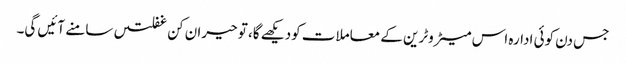
جس دن کوئی ادارہ اس میٹروٹرین کے معاملات کودیکھے گا، تو حیران کن غفلتیں سامنے آئیں گی۔